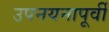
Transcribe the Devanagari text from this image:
उपनयनापूर्वी